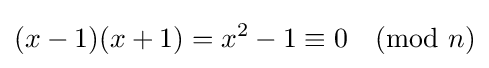
(x-1)(x+1)=x^{2}-1\equiv 0{\pmod {n}}